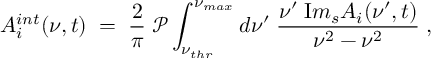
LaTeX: A _ { i } ^ { i n t } ( \nu , t ) \; = \; { \frac { 2 } { \pi } } \; { \mathcal P } \int _ { \nu _ { t h r } } ^ { \nu _ { m a x } } d \nu ^ { \prime } \; { \frac { \nu ^ { \prime } \; { \mathrm I m } _ { s } A _ { i } ( \nu ^ { \prime } , t ) } { \nu ^ { 2 } - \nu ^ { 2 } } } \; ,